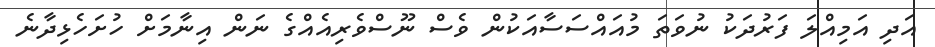
އަދި އަމިއްލަ ފަރުދަކު ނުވަތަ މުއައްސަސާއަކުން ވެސް ނޫސްވެރިއެއްގެ ނަން އިނާމަށް ހުށަހެޅިދާނެ